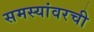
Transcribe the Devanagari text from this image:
समस्यांवरची